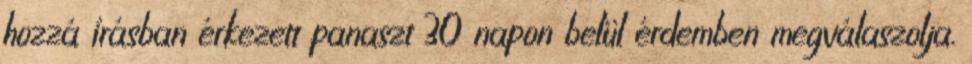
hozzá írásban érkezett panaszt 30 napon belül érdemben megválaszolja.